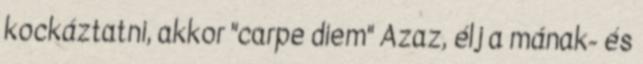
kockáztatni, akkor "carpe diem" Azaz, élj a mának- és